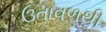
ઉતાવળથી